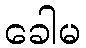
ခေါမ